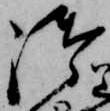
御